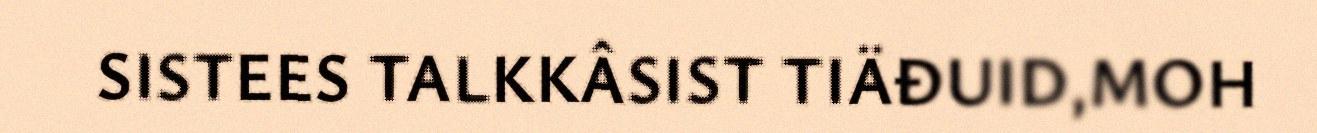
SISTEES TALKKÂSIST TIÄĐUID,MOH